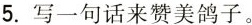
5. 写一句话来赞美鸽子。